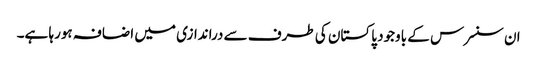
ان سنسرس کے باوجود پاکستان کی طرف سے دراندازی میں اضافہ ہورہا ہے۔